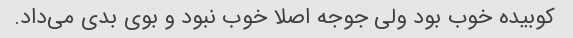
کوبیده خوب بود ولی جوجه اصلا خوب نبود و بوی بدی می‌داد.